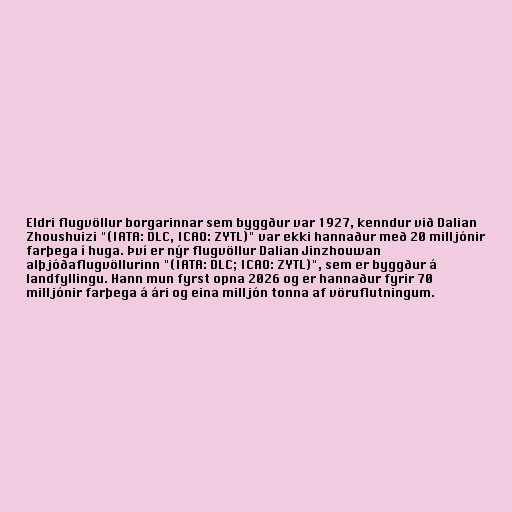
Eldri flugvöllur borgarinnar sem byggður var 1927, kenndur við Dalian
Zhoushuizi "(IATA: DLC, ICAO: ZYTL)" var ekki hannaður með 20 milljónir
farþega í huga. Því er nýr flugvöllur Dalian Jinzhouwan
alþjóðaflugvöllurinn "(IATA: DLC; ICAO: ZYTL)", sem er byggður á
landfyllingu. Hann mun fyrst opna 2026 og er hannaður fyrir 70
milljónir farþega á ári og eina milljón tonna af vöruflutningum.